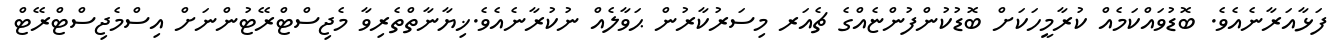
ފަޅާއަރާނެއެވެ. ބޮޑުވައްކަމެއް ކުރާމީހަކަށް ބޮޑުކުންފުންޏެއްގެ ޗެއަރ މިސަރުކާރުން ޙަވާލެއް ނުކުރާނެއެވެ.ޚިޔާނާތްތެރިވާ މެޖިސްޓްރޭޓުންނަށް އިސްމެޖިސްޓްރޭޓް